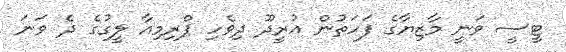
ޓީސީ ވަނީ މާޒިޔާގެ ފަހަތުން އުރީދޫ ދިވެހި ޕްރިމިއާ ލީގުގެ ދެ ވަނަ